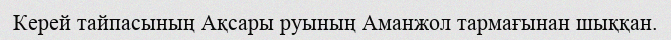
Керей тайпасының Ақсары руының Аманжол тармағынан шыққан.